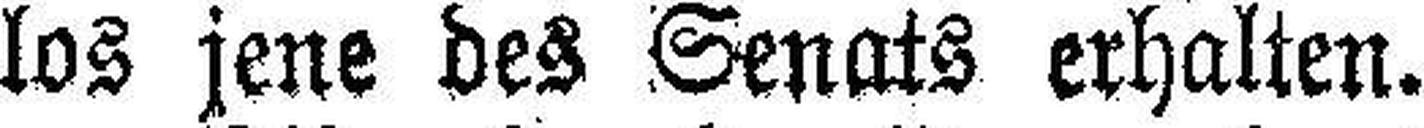
los jene des Senats erhalten.